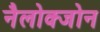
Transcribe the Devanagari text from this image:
नैलोक्जोन